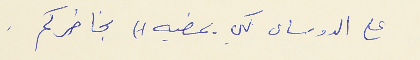
على الدوساى كي يمضيه )) بخاطركم .